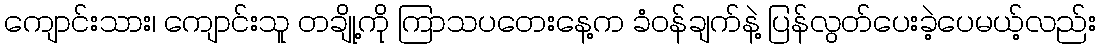
ကျောင်းသား၊ ကျောင်းသူ တချို့ကို ကြာသပတေးနေ့က ခံဝန်ချက်နဲ့ ပြန်လွတ်ပေးခဲ့ပေမယ့်လည်း